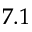
7 . 1